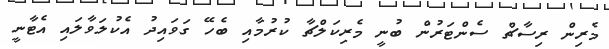
މެރިން ރިސާޗް ސެންޓަރުން ބުނީ މެރިކަލްޗާ ކުރުމާއި ބެހޭ ގަވައިދު އެކުލަވާލައި އެޓާނީ